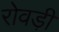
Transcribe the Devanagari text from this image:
रोवड़ी